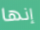
إنها